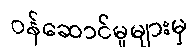
ဝန်ဆောင်မှုများမှ